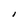
Character: I